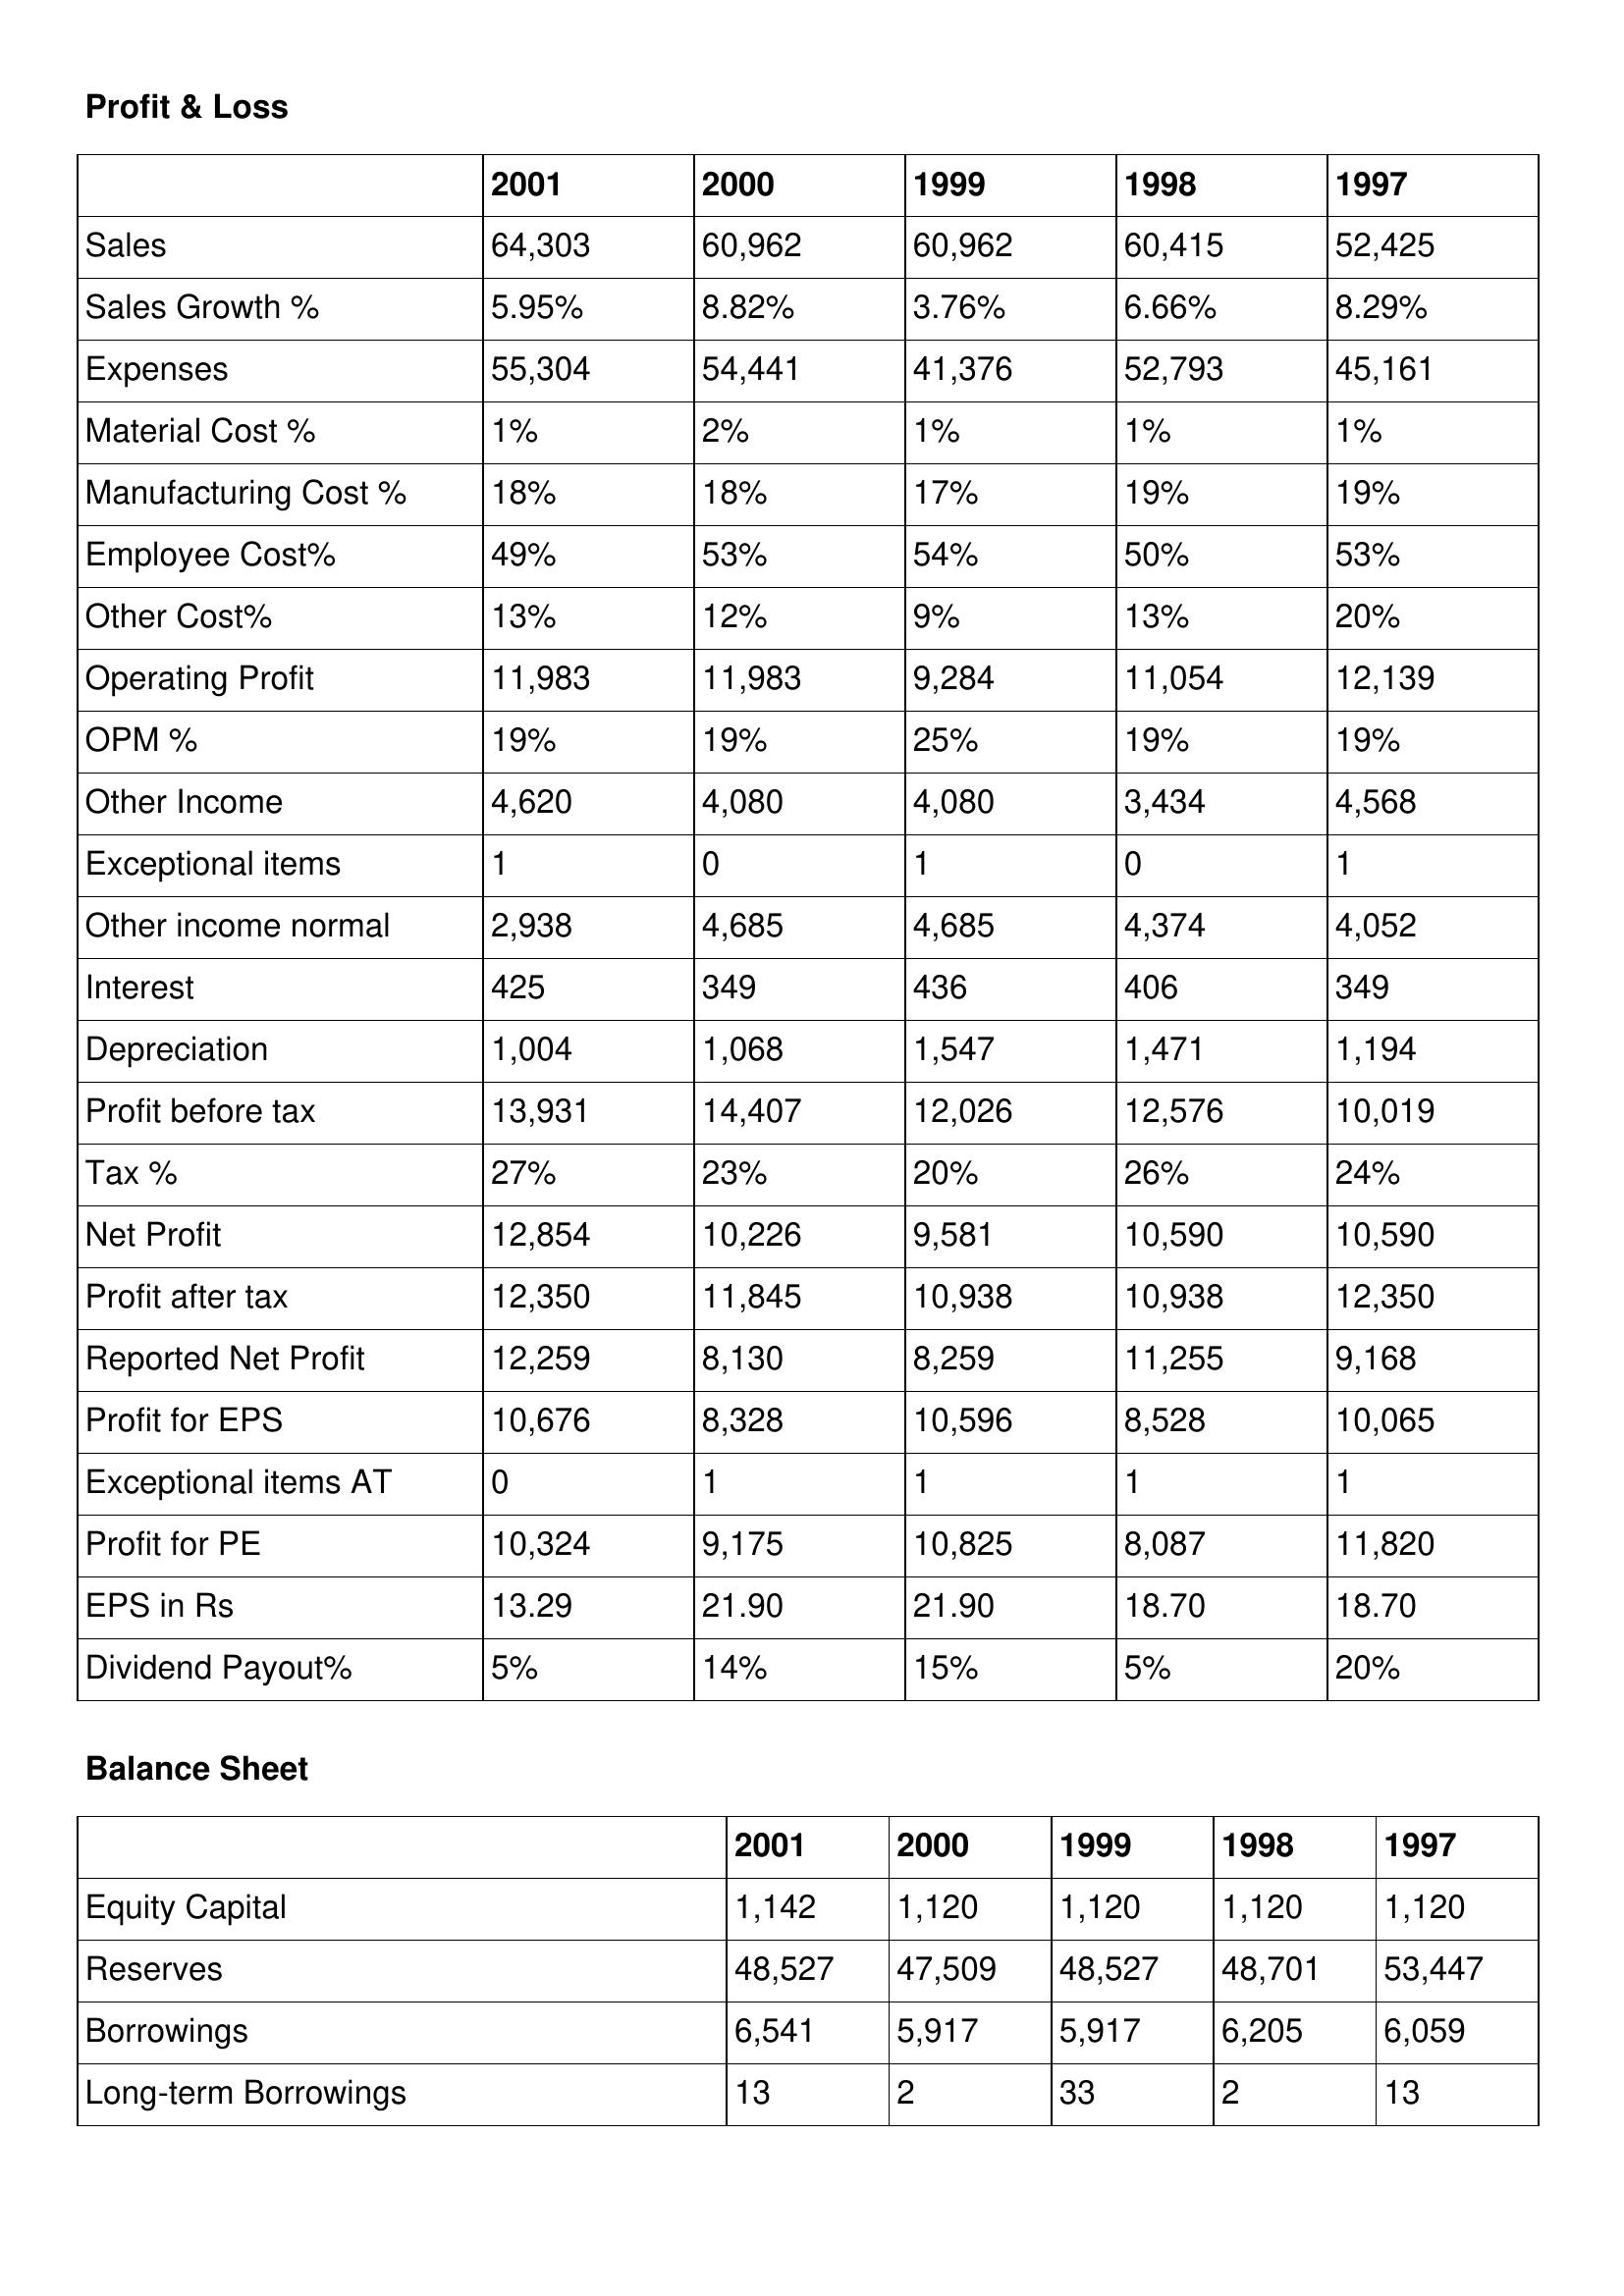
gt_parse: 2001: Profit & Loss: Sales: 64,303
Sales Growth %: 5.95%
Expenses: 55,304
Material Cost %: 1%
Manufacturing Cost %: 18%
Employee Cost%: 49%
Other Cost%: 13%
Operating Profit: 11,983
OPM %: 19%
Other Income: 4,620
Exceptional items: 1
Other income normal: 2,938
Interest: 425
Depreciation: 1,004
Profit before tax: 13,931
Tax %: 27%
Net Profit: 12,854
Profit after tax: 12,350
Reported Net Profit: 12,259
Profit for EPS: 10,676
Exceptional items AT: 0
Profit for PE: 10,324
EPS in Rs: 13.29
Dividend Payout%: 5%
Balance Sheet: Equity Capital: 1,142
Reserves: 48,527
Borrowings: 6,541
Long-term Borrowings: 13
2000: Profit & Loss: Sales: 60,962
Sales Growth %: 8.82%
Expenses: 54,441
Material Cost %: 2%
Manufacturing Cost %: 18%
Employee Cost%: 53%
Other Cost%: 12%
Operating Profit: 11,983
OPM %: 19%
Other Income: 4,080
Exceptional items: 0
Other income normal: 4,685
Interest: 349
Depreciation: 1,068
Profit before tax: 14,407
Tax %: 23%
Net Profit: 10,226
Profit after tax: 11,845
Reported Net Profit: 8,130
Profit for EPS: 8,328
Exceptional items AT: 1
Profit for PE: 9,175
EPS in Rs: 21.90
Dividend Payout%: 14%
Balance Sheet: Equity Capital: 1,120
Reserves: 47,509
Borrowings: 5,917
Long-term Borrowings: 2
1999: Profit & Loss: Sales: 60,962
Sales Growth %: 3.76%
Expenses: 41,376
Material Cost %: 1%
Manufacturing Cost %: 17%
Employee Cost%: 54%
Other Cost%: 9%
Operating Profit: 9,284
OPM %: 25%
Other Income: 4,080
Exceptional items: 1
Other income normal: 4,685
Interest: 436
Depreciation: 1,547
Profit before tax: 12,026
Tax %: 20%
Net Profit: 9,581
Profit after tax: 10,938
Reported Net Profit: 8,259
Profit for EPS: 10,596
Exceptional items AT: 1
Profit for PE: 10,825
EPS in Rs: 21.90
Dividend Payout%: 15%
Balance Sheet: Equity Capital: 1,120
Reserves: 48,527
Borrowings: 5,917
Long-term Borrowings: 33
1998: Profit & Loss: Sales: 60,415
Sales Growth %: 6.66%
Expenses: 52,793
Material Cost %: 1%
Manufacturing Cost %: 19%
Employee Cost%: 50%
Other Cost%: 13%
Operating Profit: 11,054
OPM %: 19%
Other Income: 3,434
Exceptional items: 0
Other income normal: 4,374
Interest: 406
Depreciation: 1,471
Profit before tax: 12,576
Tax %: 26%
Net Profit: 10,590
Profit after tax: 10,938
Reported Net Profit: 11,255
Profit for EPS: 8,528
Exceptional items AT: 1
Profit for PE: 8,087
EPS in Rs: 18.70
Dividend Payout%: 5%
Balance Sheet: Equity Capital: 1,120
Reserves: 48,701
Borrowings: 6,205
Long-term Borrowings: 2
1997: Profit & Loss: Sales: 52,425
Sales Growth %: 8.29%
Expenses: 45,161
Material Cost %: 1%
Manufacturing Cost %: 19%
Employee Cost%: 53%
Other Cost%: 20%
Operating Profit: 12,139
OPM %: 19%
Other Income: 4,568
Exceptional items: 1
Other income normal: 4,052
Interest: 349
Depreciation: 1,194
Profit before tax: 10,019
Tax %: 24%
Net Profit: 10,590
Profit after tax: 12,350
Reported Net Profit: 9,168
Profit for EPS: 10,065
Exceptional items AT: 1
Profit for PE: 11,820
EPS in Rs: 18.70
Dividend Payout%: 20%
Balance Sheet: Equity Capital: 1,120
Reserves: 53,447
Borrowings: 6,059
Long-term Borrowings: 13